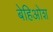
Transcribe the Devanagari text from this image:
बेहिओश